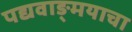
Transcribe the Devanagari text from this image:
पद्यवाङ्मयाचा